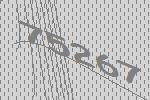
75267